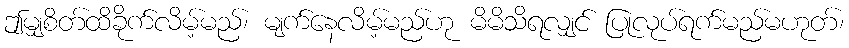
ဤမျှစိတ်ထိခိုက်လိမ့်မည်၊ မျက်နေလိမ့်မည်ဟု မိမိသိရလျှင် ပြုလုပ်ရက်မည်မဟုတ်၊